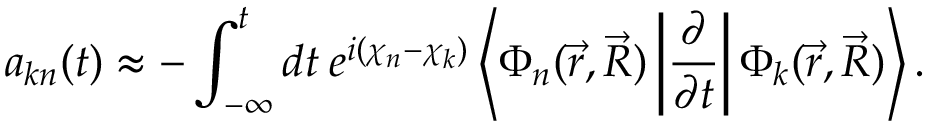
a _ { k n } ( t ) \approx - \int _ { - \infty } ^ { t } d t \: e ^ { i ( \chi _ { n } - \chi _ { k } ) } \left< \Phi _ { n } ( \vec { r } , \vec { R } ) \left| \frac { \partial } { \partial t } \right| \Phi _ { k } ( \vec { r } , \vec { R } ) \right> .